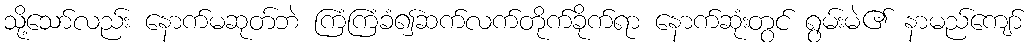
သို့သော်လည်း နောက်မဆုတ်ဘဲ ကြံကြံခံ၍ဆက်လက်တိုက်ခိုက်ရာ နောက်ဆုံးတွင် ရွမ်းမဲ၏ နာမည်ကျော်